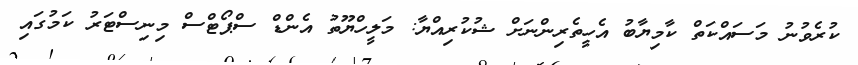
ކުރެވުނު މަސައްކަތް ކާމިޔާބު އެހީތެރިންނަށް ޝުކުރިއްޔާ: މަލީހްޔޫތު އެންޑް ސްޕޯޓްސް މިނިސްޓަރު ކަމުގައި